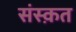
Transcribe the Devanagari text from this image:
संस्‍क़त